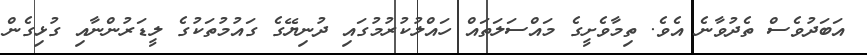
އަބަދުވެސް ތެދުވާނެ އެވެ. ތިމާވެށީގެ މައްސަލަތައް ހައްލުކުރުމުގައި ދުނިޔޭގެ ގައުމުތަކުގެ ލީޑަރުންނާއި ގުޅިގެން